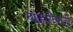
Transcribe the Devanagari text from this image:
न्याहारीसाठी